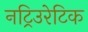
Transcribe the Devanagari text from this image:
नट्रिउरेटिक